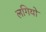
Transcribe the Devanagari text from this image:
लगियो